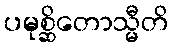
ပမုစ္ဆိတောသ္မီတိ